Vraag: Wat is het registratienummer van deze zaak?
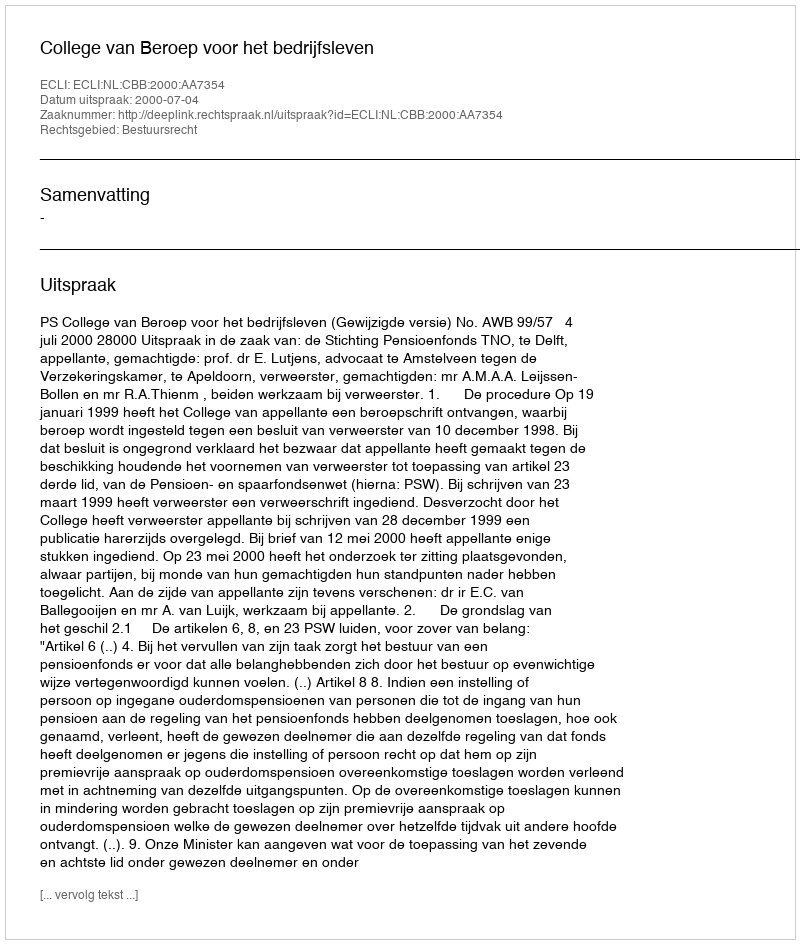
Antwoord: http://deeplink.rechtspraak.nl/uitspraak?id=ECLI:NL:CBB:2000:AA7354